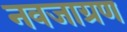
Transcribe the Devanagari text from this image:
नवजाग्रण